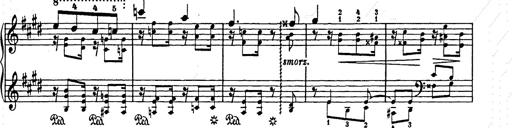
Title: Ave Maria
Composer: Joseph Ascher
Key: D-flat major